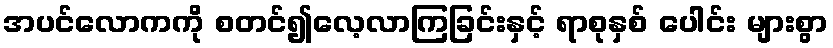
အပင်လောကကို စတင်၍လေ့လာကြခြင်းနှင့် ရာစုနှစ် ပေါင်း များစွာ